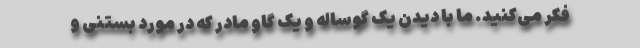
فکر می‌کنید. ما با دیدن یک گوساله و یک گاو مادر که در مورد بستنی و